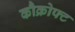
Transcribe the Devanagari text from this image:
कौक्रोफ्ट